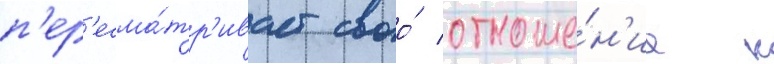
п'ер'есма́тр'ивает своо́ отноше́н'ие к